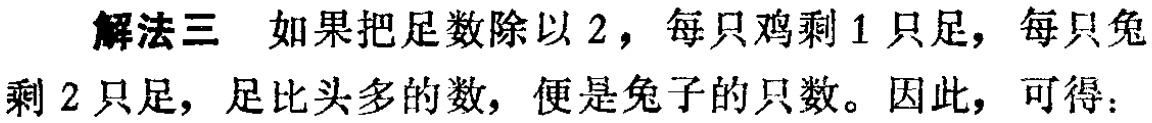
解法三 如果把足数除以 2，每只鸡剩 1 只足，每只兔剩 2 只足，足比头多的数，便是兔子的只数。因此，可得：